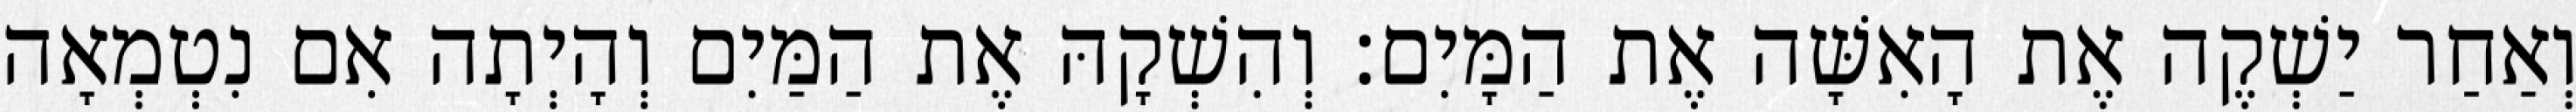
וְאַחַר יַשְׁקֶה אֶת הָאִשָּׁה אֶת הַמָּיִם׃ וְהִשְׁקָהּ אֶת הַמַּיִם וְהָיְתָה אִם נִטְמְאָה